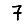
Digit: 7